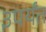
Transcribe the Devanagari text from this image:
३पर्यंत